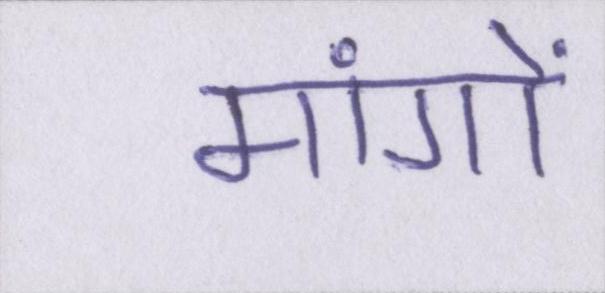
मांगों